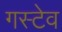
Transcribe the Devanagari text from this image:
गस्टेव